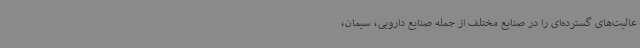
عالیت‌های گسترده‌ای را در صنایع مختلف از جمله صنایع دارویی، سیمان،